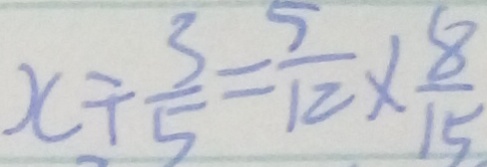
x \div \frac { 3 } { 5 } = \frac { 5 } { 1 2 } \times \frac { 8 } { 1 5 }